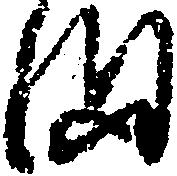
ま